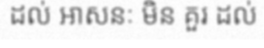
ដល់ អាសនៈ មិន គួរ ដល់